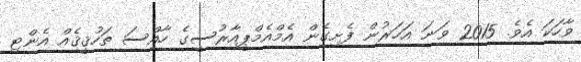
ވާހަކަ އެވެ. 2015 ވަނަ އަހަރުން ފެށިގެން އެމްއެމްޕީއާރުސީގެ ހާއްސަ ތަހުޤީޤެއް އެންޓި